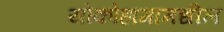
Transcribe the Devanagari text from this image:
योकोहामामधील